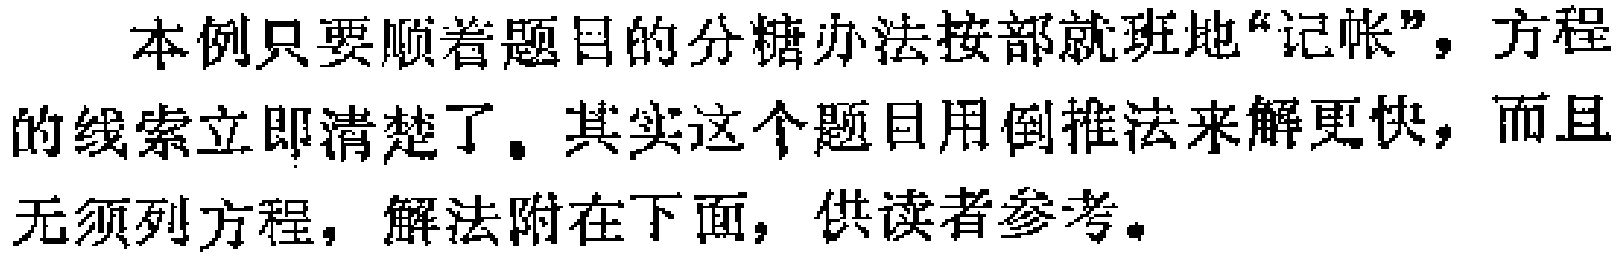
本例只要顺着题目的分糖办法按部就班地“记帐”，方程的线索立即清楚了。其实这个题目用倒推法来解更快，而且无须列方程，解法附在下面，供读者参考。